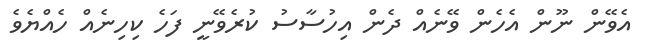
އެވޭން ނޫން އެހެން ވޭނެއް ދެން އިހުސާސު ކުރެވޭނީ ފަހެ ކިހިނެއް ހެއްޔެވެ